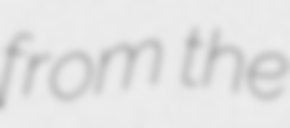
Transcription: from the